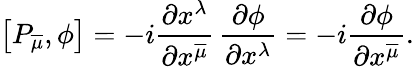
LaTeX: \big[P_{\overline{{{\mu}}}},\phi\big]=-i{\frac{\partial x^{\lambda}}{\partial x^{\overline{{{\mu}}}}}}\, {\frac{\partial\phi}{\partial x^{\lambda}}}=-i{\frac{\partial\phi}{\partial x^{\overline{{\mu}}}}}.